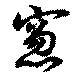
窓